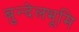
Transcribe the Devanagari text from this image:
बुन्देलभूमि